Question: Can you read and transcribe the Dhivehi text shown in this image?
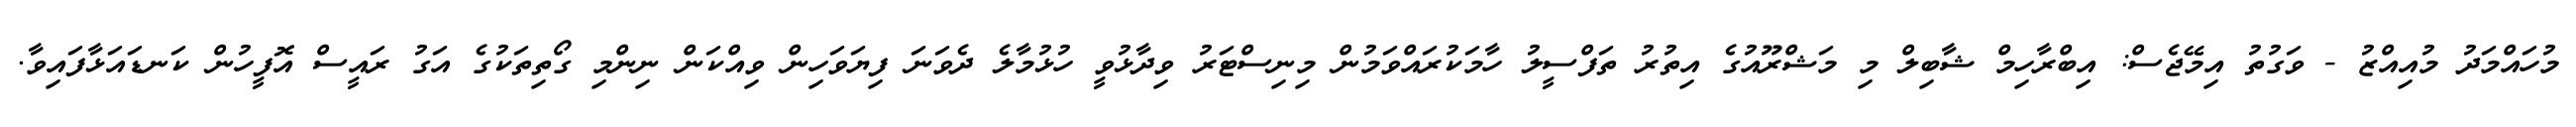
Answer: މުހައްމަދު މުއިއްޒު - ވަގުތު އިމޭޖެސް: އިބްރާހިމް ޝާބިލް މި މަޝްރޫއުގެ އިތުރު ތަފްސީލު ހާމަކުރައްވަމުން މިނިސްޓަރު ވިދާޅުވީ ހުޅުމާލެ ދެވަނަ ފިޔަވަހިން ވިއްކަން ނިންމި ގޯތިތަކުގެ އަގު ރައީސް އޮފީހުން ކަނޑައަޅާފައިވާ.